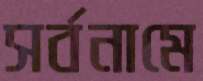
সর্বনামে